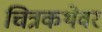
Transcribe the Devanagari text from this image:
चित्रकथेवर